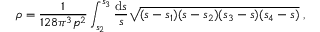
\rho = \frac { 1 } { 1 2 8 \pi ^ { 3 } p ^ { 2 } } \int _ { s _ { 2 } } ^ { s _ { 3 } } \frac { \mathrm { d } s } { s } \sqrt { ( s - s _ { 1 } ) ( s - s _ { 2 } ) ( s _ { 3 } - s ) ( s _ { 4 } - s ) } \; ,